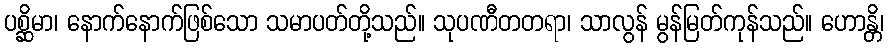
ပစ္ဆိမာ၊ နောက်နောက်ဖြစ်သော သမာပတ်တို့သည်။ သုပဏီတတရာ၊ သာလွန် မွန်မြတ်ကုန်သည်။ ဟောန္တိ၊